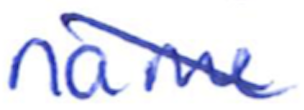
Text: name
Cross-out: diagonal
Writing tool: ballpoint